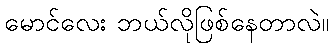
မောင်လေး ဘယ်လိုဖြစ်နေတာလဲ။